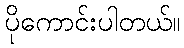
ပိုကောင်းပါတယ်။